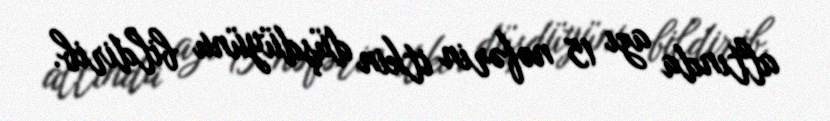
altında azı 15 nəfərin itkin düşdüyünu bildirib.